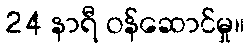
24 နာရီ ဝန်ဆောင်မှု။